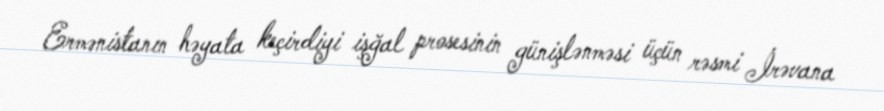
Ermənistanın həyata keçirdiyi işğal prosesinin günişlənməsi üçün rəsmi İrəvana